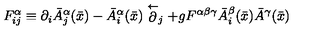
F _ { i j } ^ { \alpha } \equiv \partial _ { i } \bar { A } _ { j } ^ { \alpha } ( \bar { x } ) - \bar { A } _ { i } ^ { \alpha } ( \bar { x } ) \stackrel { \leftarrow } \partial _ { j } + g F ^ { \alpha \beta \gamma } \bar { A } _ { i } ^ { \beta } ( \bar { x } ) \bar { A } ^ { \gamma } ( \bar { x } )